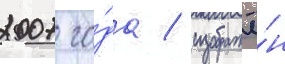
2007 го́да / изображё́н